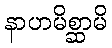
နာဟမိစ္ဆာမိ